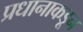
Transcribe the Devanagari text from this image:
प्रधानाकडून